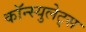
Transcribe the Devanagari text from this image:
कॉन्स्युलेट्स